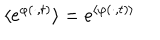
LaTeX: \langle \mathrm { e } ^ { \varphi ( \cdot , t ) } \rangle = \mathrm { e } ^ { \langle \varphi ( \cdot , t ) \rangle }